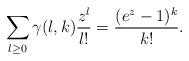
LaTeX: \begin{align*}\sum_{l \geq 0} \gamma(l,k) \frac{z^l}{l!}= \frac{(e^z-1)^k}{k!}.\end{align*}